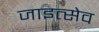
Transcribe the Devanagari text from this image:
जाइत्सेव